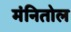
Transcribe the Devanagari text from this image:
मंनितोल